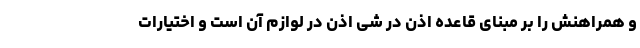
و همراهنش را بر مبنای قاعده اذن در شی اذن در لوازم آن است و اختیارات